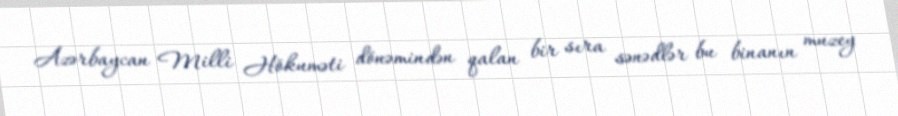
Azərbaycan Milli Hökuməti dönəmindən qalan bir sıra sənədlər bu binanın muzey